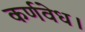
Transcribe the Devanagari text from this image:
कर्णवेध।